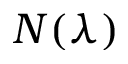
N ( \lambda )